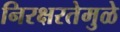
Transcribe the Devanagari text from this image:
निरक्षरतेमुळे